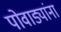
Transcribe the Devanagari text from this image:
पोवाड्यांना